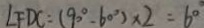
\angle F D C = ( 9 0 ^ { \circ } - 6 0 ^ { \circ } ) \times 2 = 6 0 ^ { \circ }